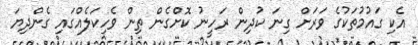
އެކި ގައުމުތަކުގެ ވަރަށް ގިނަ ކުދިން ރަހީނު ކޮށްގެން ތިން ވެހިކަލެއްގައި ގެންދިޔަ